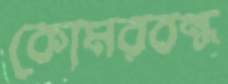
কোমরবন্ধ